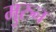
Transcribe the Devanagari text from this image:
मुरुन